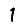
Digit: 1